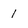
Character: 1